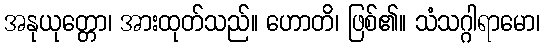
အနုယုတ္တော၊ အားထုတ်သည်။ ဟောတိ၊ ဖြစ်၏။ သံသဂ္ဂါရာမော၊